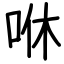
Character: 咻